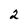
Character: 2